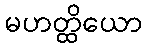
မဟတ္ထိယော